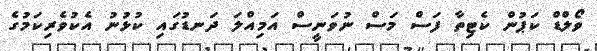
ވޯލްޑް ކަޕުން ކެޓިތާ ފަސް މަސް ނުވަނީސް އަމިއްލަ ދަނޑުގައި ކުޅުނު އެކުވެރިކަމުގެ